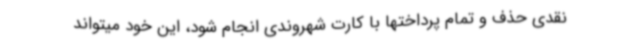
نقدی حذف و تمام پرداختها با کارت شهروندی انجام شود، این خود میتواند